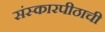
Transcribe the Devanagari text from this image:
संस्कारपीठाची